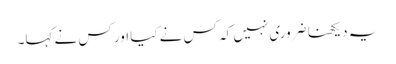
یہ دیکھنا ضروری نہیں کہ کس نے کیا اور کس نے کہا۔